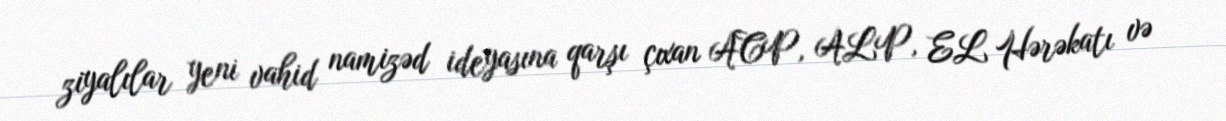
ziyalılar yeni vahid namizəd ideyasına qarşı çıxan ACP, ALP, EL Hərəkatı və